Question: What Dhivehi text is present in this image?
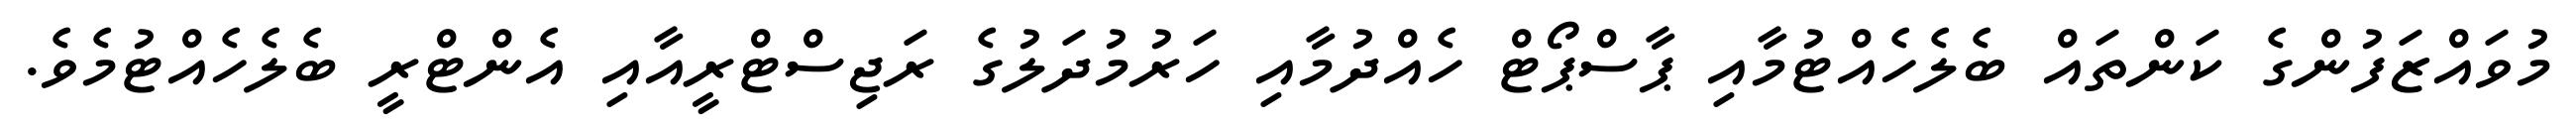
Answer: މުވައްޒަފުންގެ ކަންތައް ބެލެހެއްޓުމާއި ޕާސްޕޯޓް ހެއްދުމާއި ހަރުމުދަލުގެ ރަޖިސްޓްރީއާއި އެންޓްރީ ބެލެހެއްޓުމެވެ.